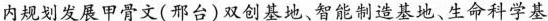
，产业园内规划发展甲骨文(邢台)双创基地、智能制造基地、生命科学基